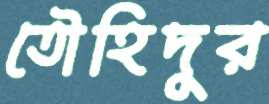
তৌহিদুর